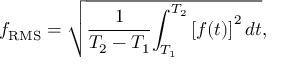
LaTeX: f _ { \mathrm { R M S } } = { \sqrt { { \frac { 1 } { T _ { 2 } - T _ { 1 } } } { \int _ { T _ { 1 } } ^ { T _ { 2 } } { [ f ( t ) ] } ^ { 2 } \, d t } } } ,